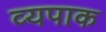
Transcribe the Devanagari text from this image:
व्यपाक